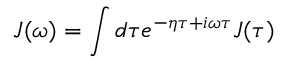
J ( \omega ) = \int d \tau e ^ { - \eta \tau + i \omega \tau } J ( \tau )